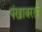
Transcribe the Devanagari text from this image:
पंखावरती